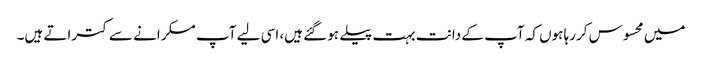
میں محسوس کررہا ہوں کہ آپ کے دانت بہت پیلے ہوگئے ہیں، اسی لیے آپ مسکرانے سے کتراتے ہیں۔